Civil Veterinary Dept. Assam report 1927-50 - 1927-1950
Year: 1927
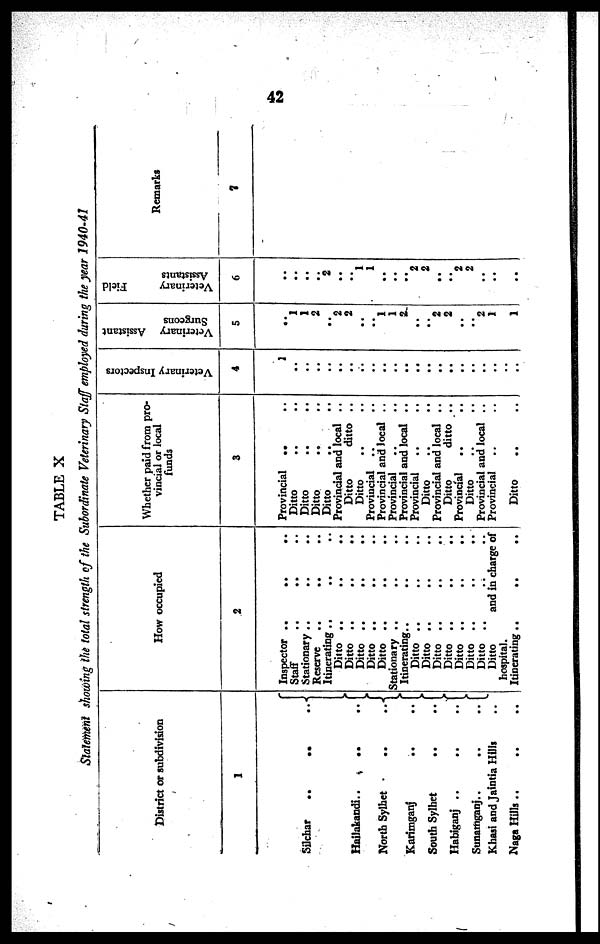
42
TABLE X
Statement
showing the total strength of the Subordinate Veterinary Staff employed during the year
1940-41
District or subdivision
1
Silchar
..
..
..
Hailakandi..
.. ..
North Sylhet .. ..
Karimganj .. ..
South Sylhet .. ..
Habiganj ..
..
..
Sunarnganj..
..
..
Khasi and Jaintia Hills ..
Naga Hills .. .. ..
How occupied
2
Inspector ..
..
..
Staff .. .. ..
Stationary .. .. ..
Reserve
..
..
..
Itinerating .. .. ..
Ditto .. .. ..
Ditto .. .. ..
Ditto .. .. ..
Ditto .. .. ..
Ditto .. .. ..
Stationary ..
.. ..
Itinerating..
.. ..
Ditto .. .. ..
Ditto .. .. ..
Ditto .. .. ..
Ditto .. .. ..
Ditto .. .. ..
Ditto .. .. ..
Ditto .. .. ..
Ditto
and in charge of
hospital.
Itinerating ..
..
..
Whether paid from pro
vincial or local
funds
3
Provincial
.. ..
Ditto .. ..
Ditto .. ..
Ditto .. ..
Ditto .. ..
Provincial and local ..
Ditto
ditto ..
Ditto .. ..
Provincial .. ..
Provincial and local ..
Provincial
..
..
Provincial and local ..
Provincial .. ..
Ditto .. ..
Provincial and local ..
Ditto
ditto ..
Provincial
..
..
Ditto .. ..
Provincial and local ..
Provincial .. ..
Ditto .. ..
Veterinary Inspectors
4
1
..
..
..
..
..
..
..
..
..
..
..
..
..
..
..
..
..
..
..
..
....
Veterinary Assistant
Surgeons
5
..
1
1
2
..
2
2
..
..
1
1
2
..
..
2 2
..
..
2 1
1
Veterinary
Field
Assistants
6
..
..
..
..
2
..
..
1 1
..
..
..
"2 2
..
..
2 2
..
..
..
Remarks
7